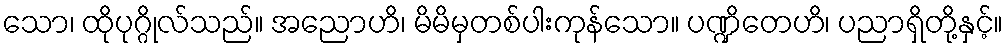
သော၊ ထိုပုဂ္ဂိုလ်သည်။ အညောဟိ၊ မိမိမှတစ်ပါးကုန်သော။ ပဏ္ဍိတေဟိ၊ ပညာရှိတို့နှင့်။